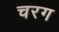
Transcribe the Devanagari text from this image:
चरग